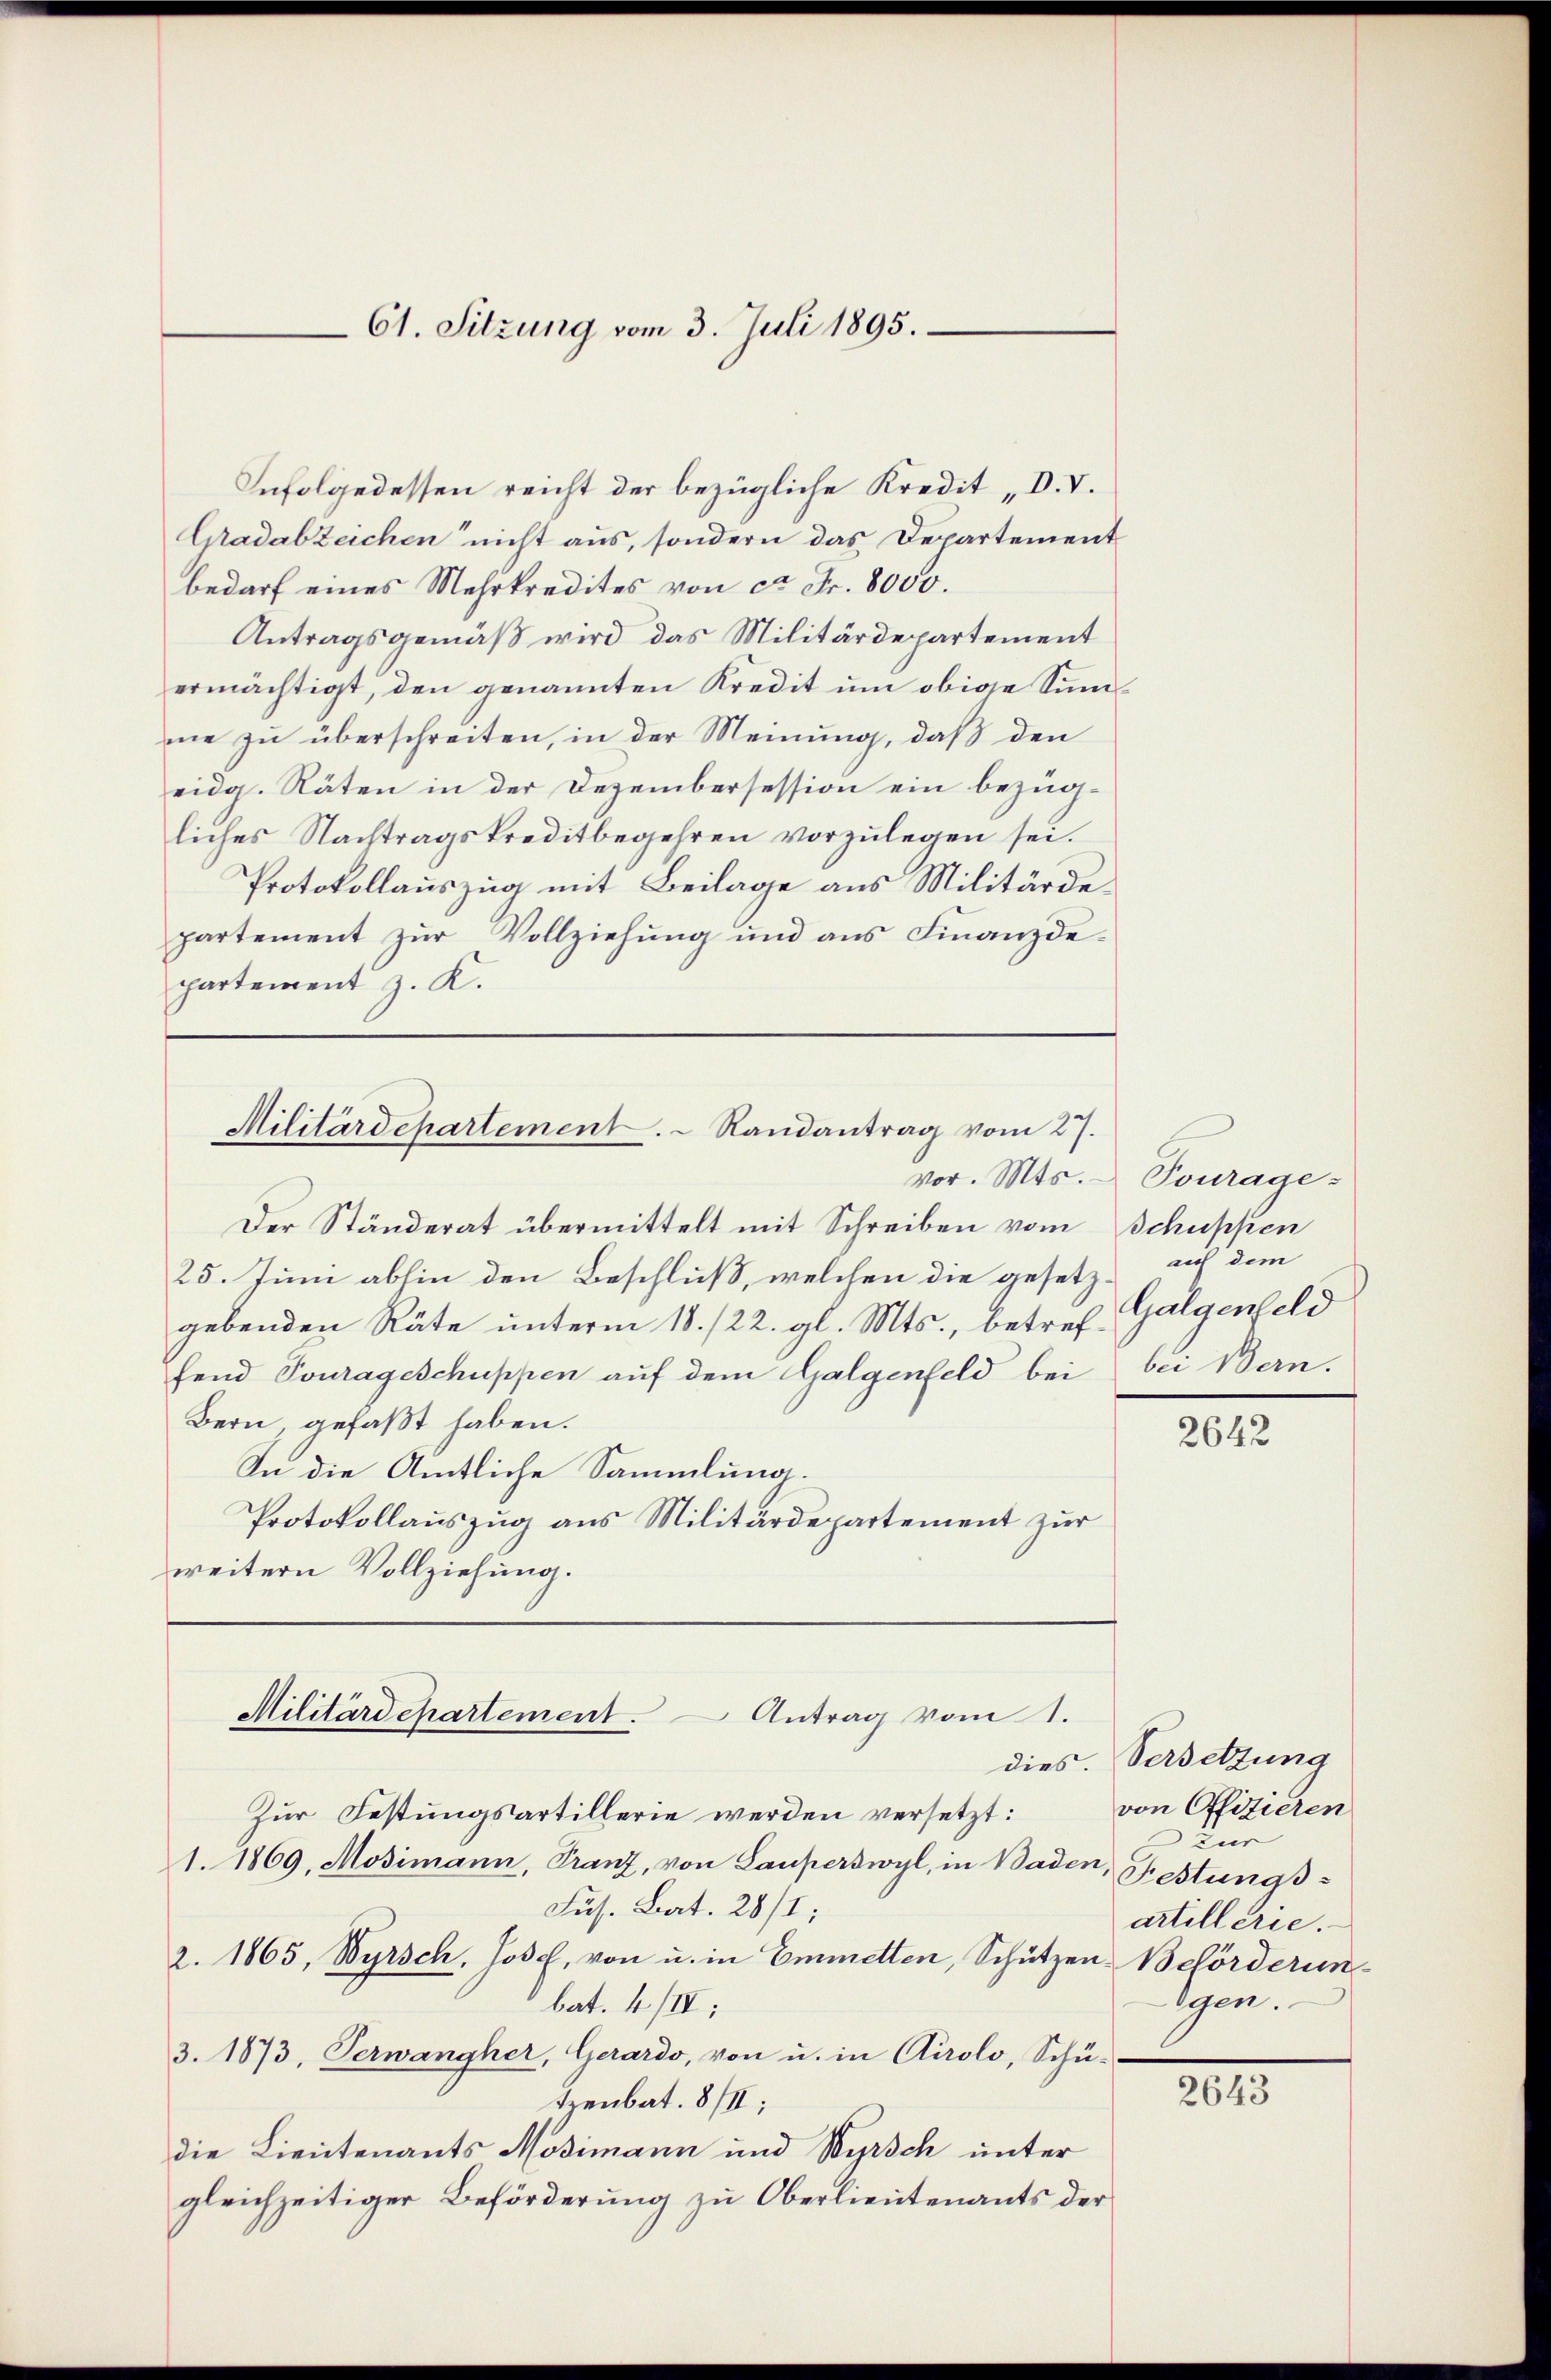
Infolgedessen reicht der bezügliche Kredit „D. V.
Gadabzeichen nicht aus, sondern das Departement
bedarf eines Mehrkredites von ca Fr. 8000.
Antragsgemäß wird das Militärdepartement
ermächtigt, den genannten Kredit um obige Summe zu überschreiten, in der Meinung, daß den
eidg. Räten in der Dezembersession ein bezügliches Nachtragskreditbegehren vorzulegen sei.
Protokollauszug mit Beilage aus Militärdepartement zŭr Vollziehung und ans Finanzde-
partement z. K.

61. Sitzung vom 3. Juli 1895.

Militärdepartement.  Randantrag vom 27.

vor. Mts.
Der Ständerat übermittelt mit Schreiben vom Schuppen
25. Juni abhin den Beschluß, welchen die gesetzgebenden Räte unterm 18. /22. gl. Mts., betreffend Tourageschuppen auf dem Galgenfeld bei
Bern, gefaßt haben.
In die Amtliche Sammlung.
Protokollauszug aus Militärdepartement zur
weitern Vollziehung.

Zur Festungsartillerie werden versetzt:
1. 1869, Mosimann, Franz, von Lauperswyl, in Baden,
Fus. Bat. 28/1;
2. 1865, Wyrsch, Jose, von u. in Emmelten, Schützen Beförderunbat. 4 /IV;
3. 1873, Verwangher, Gerardo, von u. in Airolo, Schü-
tzenbat. 8/II:
die Lieutenants Mosimann und Wyrsch unter
gleichzeitiger Beförderung zu Oberlieutenants der

Militärdepartement. Antrag vom 1.

Towage-
auf dem
Galgenfeld
bei Bern.

2642

dies. Versetzung
von Offizieren
Zür
Festungsartillerie.
lgen.

2643